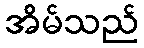
အိမ်သည်